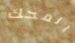
المحك